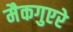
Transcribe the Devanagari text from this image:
मैकगुएरे